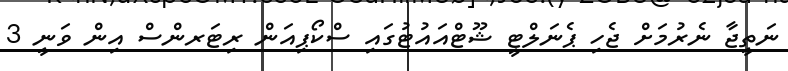
ނަތީޖާ ނެރުމަށް ޖެހި ޕެނަލްޓީ ޝޫޓްއައުޓުގައި ސްކޯޕިއަން ރިޓަރންސް އިން ވަނީ 3